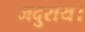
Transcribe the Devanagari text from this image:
जदुराय।